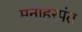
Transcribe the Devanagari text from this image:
मनोहरपंत